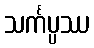
သင်္ကပ္ပဿ